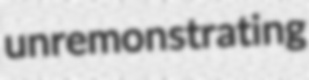
unremonstrating